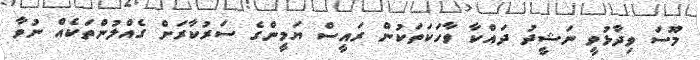
މޫސަ ވިދާޅުވީ ނަޝީދު ދައްކާ ވާހަކަތަކުން ރައީސް ޔަމީންގެ ސަރުކާރަށް ގެއްލުންތަކެއް ނުވާ